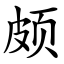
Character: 颇